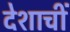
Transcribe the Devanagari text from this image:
देशाचीं